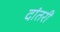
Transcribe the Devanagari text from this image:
दांतरी